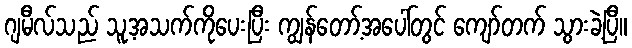
ဂျမီလ်သည် သူ့အသက်ကိုပေးပြီး ကျွန်တော့်အပေါ်တွင် ကျော်တက် သွားခဲ့ပြီ။